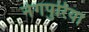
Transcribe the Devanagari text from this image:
नेगपुरिया